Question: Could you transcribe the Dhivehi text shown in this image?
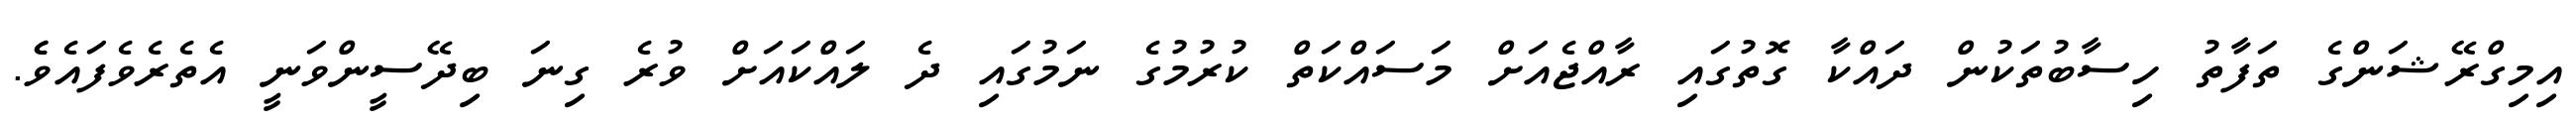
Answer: އިމިގްރޭޝަންގެ ތަފާތު ހިސާބުތަކުން ދައްކާ ގޮތުގައި ރާއްޖެއަށް މަސައްކަތް ކުރުމުގެ ނަމުގައި ދެ ލައްކައަށް ވުރެ ގިނަ ބިދޭސީންވަނީ އެތެރެވެފައެވެެ.